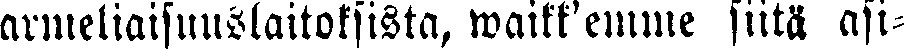
armeliaisuuslaitoksista, waikk'emme siitä asi-